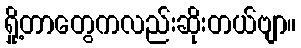
ရှို့တာတွေကလည်းဆိုးတယ်ဗျာ။